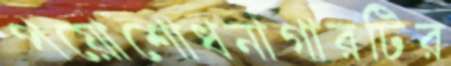
পয়োশোধনাগারটির